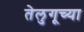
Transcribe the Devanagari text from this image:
तेलुगूच्या